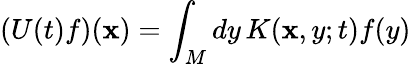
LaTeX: (U(t)f)(\mathbf{x})=\int_{M}dy\, K(\mathbf{x},y;t)f(y)